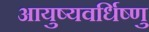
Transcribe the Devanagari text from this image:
आयुष्यवर्धिष्णु